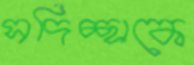
সদিচ্ছাকে